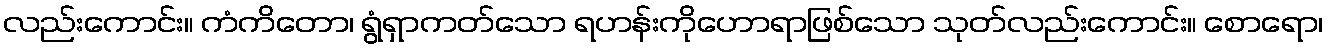
လည်းကောင်း။ ကံကိတော၊ ရွံရှာကတ်သော ရဟန်းကိုဟောရာဖြစ်သော သုတ်လည်းကောင်း။ စောရော၊